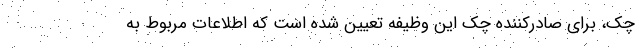
چک، برای صادرکننده چک این وظیفه تعیین شده است که اطلاعات مربوط به